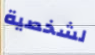
لشخصية